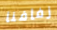
زفافنا